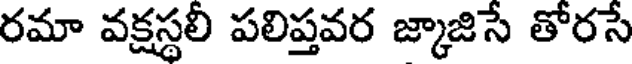
రమా వక్షస్థలీ పలిప్తవర జ్కాజిసే తోరసే